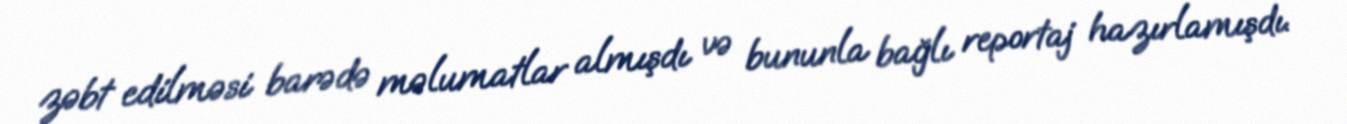
zəbt edilməsi barədə məlumatlar almışdı və bununla bağlı reportaj hazırlamışdı.